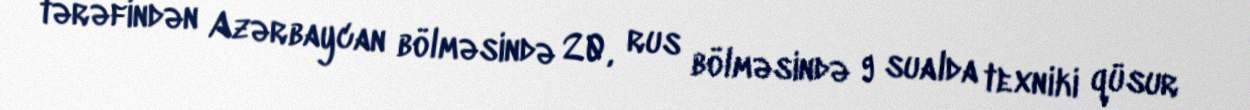
tərəfindən Azərbaycan bölməsində 20, rus bölməsində 9 sualda texniki qüsur